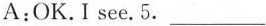
A:OK.I see.5. ___